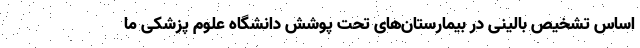
اساس تشخیص بالینی در بیمارستان‌های تحت پوشش دانشگاه علوم پزشکی ما